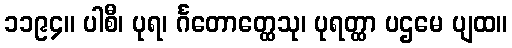
၁၁၉၄။ ပါစီ၊ ပုရ၊ င်္ဂတောတ္ထေသု၊ ပုရတ္ထာ ပဌမေ ပျထ။